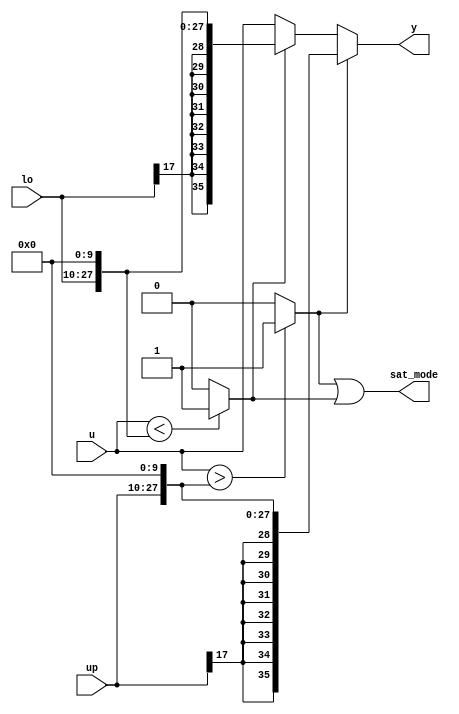
module velocityControlHdl_Dynamic_Saturation_block
          (
           up,
           u,
           lo,
           y,
           sat_mode
          );


  input   signed [17:0] up;  // sfix18_En13
  input   signed [35:0] u;  // sfix36_En23
  input   signed [17:0] lo;  // sfix18_En13
  output  signed [35:0] y;  // sfix36_En23
  output  sat_mode;


  wire signed [35:0] LowerRelop1_1_cast;  // sfix36_En23
  wire LowerRelop1_relop1;
  wire signed [35:0] UpperRelop_1_cast;  // sfix36_En23
  wire UpperRelop_relop1;
  wire signed [35:0] lo_dtc;  // sfix36_En23
  wire signed [35:0] Switch_out1;  // sfix36_En23
  wire signed [35:0] up_dtc;  // sfix36_En23
  wire signed [35:0] Switch2_out1;  // sfix36_En23
  wire LowerRelop1_out1;


  // <S24>/LowerRelop1
  assign LowerRelop1_1_cast = {{8{up[17]}}, {up, 10'b0000000000}};
  assign LowerRelop1_relop1 = (u > LowerRelop1_1_cast ? 1'b1 :
              1'b0);



  // <S24>/UpperRelop
  assign UpperRelop_1_cast = {{8{lo[17]}}, {lo, 10'b0000000000}};
  assign UpperRelop_relop1 = (u < UpperRelop_1_cast ? 1'b1 :
              1'b0);



  assign lo_dtc = {{8{lo[17]}}, {lo, 10'b0000000000}};



  // <S24>/Switch
  assign Switch_out1 = (UpperRelop_relop1 == 1'b0 ? u :
              lo_dtc);



  assign up_dtc = {{8{up[17]}}, {up, 10'b0000000000}};



  // <S24>/Switch2
  assign Switch2_out1 = (LowerRelop1_relop1 == 1'b0 ? Switch_out1 :
              up_dtc);



  assign y = Switch2_out1;

  // <S24>/Logical Operator
  assign LowerRelop1_out1 = LowerRelop1_relop1 | UpperRelop_relop1;



  assign sat_mode = LowerRelop1_out1;

endmodule